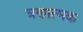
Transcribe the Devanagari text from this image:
त्रणात्मक